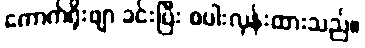
ကောက်ရိုးဖျာ ခင်းပြီး စပါးလှန်းထားသည်။